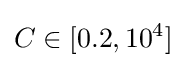
C\in [0.2,10^{4}]